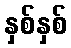
နှစ်နှစ်